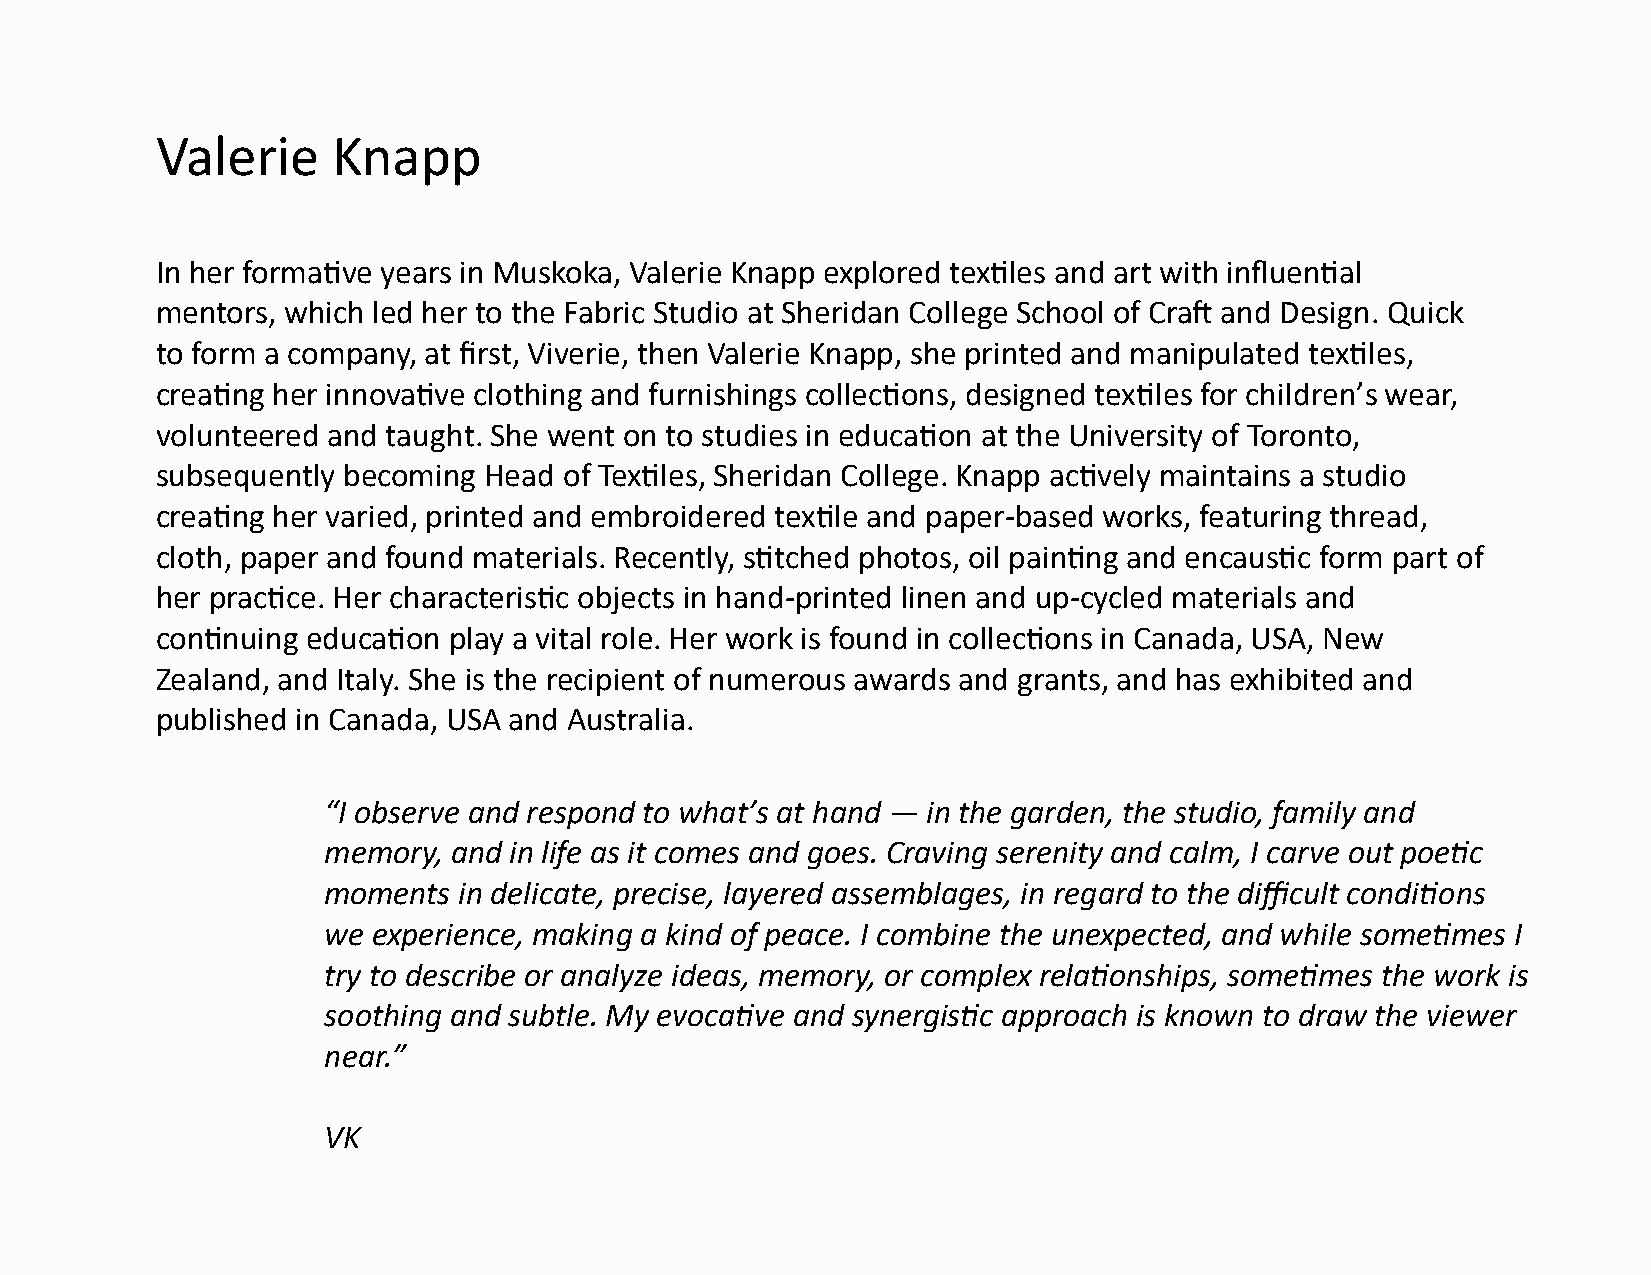
Valerie     Knapp
 In her formative years in Muskoka, Valerie Knapp explored textiles and art with influential
 mentors, which led her to the Fabric Studio at Sheridan College School of Craft and Design. Quick
 to form a company, at first, Viverie, then Valerie Knapp, she printed and manipulated textiles,
 creating her innovative clothing and furnishings collections, designed textiles for children’s wear,
 volunteered and taught. She went on to studies in education at the University of Toronto,
 subsequently becoming Head of Textiles, Sheridan College. Knapp actively maintains a studio
 creating her varied, printed and embroidered textile and paper-based works, featuring thread,
 cloth, paper and found materials. Recently, stitched photos, oil painting and encaustic form part of
 her practice. Her characteristic objects in hand-printed linen and up-cycled materials and
 continuing education play a vital role. Her work is found in collections in Canada, USA, New
 Zealand, and Italy. She is the recipient of numerous awards and grants, and has exhibited and
 published in Canada, USA and Australia.
 “I observe and respond to what’s at hand — in the garden, the studio, family and
 memory,  and in life as it comes and goes. Craving serenity and calm, I carve out poetic
 moments  in delicate, precise, layered assemblages, in regard to the difficult conditions
 we  experience, making a kind of peace. I combine the unexpected, and while sometimes I
 try to describe or analyze ideas, memory, or complex relationships, sometimes the work is
 soothing and subtle. My evocative and synergistic approach is known to draw the viewer
 near.”
 VK